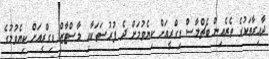
ދާއިރާތަކުގެ ތެރެއިން ބެޗްލާސް ޑިގްރީއަށް ކިޔެވުމަށް ދެ ފުރުސަތަކާއި މާސްޓާޒް ޑިގްރީއަށް ކިޔެވުމުގެ